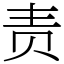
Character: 责